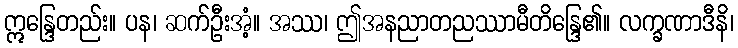
ဣန္ဒြေတည်း။ ပန၊ ဆက်ဦးအံ့။ အဿ၊ ဤအနညာတညဿာမီတိန္ဒြေ၏။ လက္ခဏာဒီနိ၊